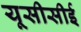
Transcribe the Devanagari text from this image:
यूसीसीई